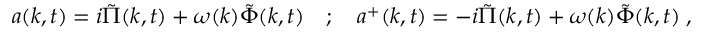
a ( k , t ) = i \tilde { \Pi } ( k , t ) + \omega ( k ) \tilde { \Phi } ( k , t ) \quad ; \quad a ^ { + } ( k , t ) = - i \tilde { \Pi } ( k , t ) + \omega ( k ) \tilde { \Phi } ( k , t ) \; ,